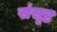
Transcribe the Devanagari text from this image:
संसृष्ट